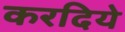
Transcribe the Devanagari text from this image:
करदिये